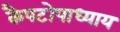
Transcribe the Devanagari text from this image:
कैपटोपाध्याय